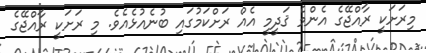
މިރަށަކީ ރާއްޖޭގެ އެންމެ ޤަދީމީ އެއް ރަށްކަމުގައި ބުނެއުޅެއެވެ. މި ރަށަކީ ރާއްޖޭގެ